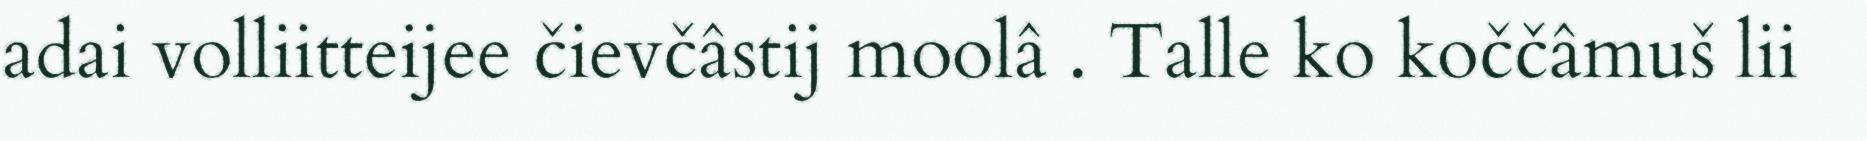
adai volliitteijee čievčâstij moolâ . Talle ko koččâmuš lii